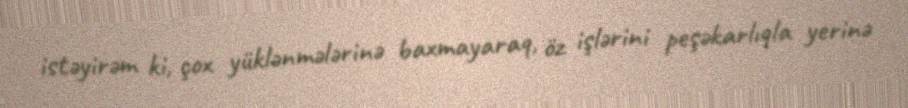
istəyirəm ki, çox yüklənmələrinə baxmayaraq, öz işlərini peşəkarlıqla yerinə